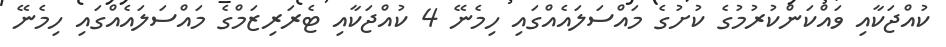
ކުއްޖަކާއި ވައްކަންކުރުމުގެ ކުށުގެ މައްސަލައެއްގައި ހިމެނޭ 4 ކުއްޖަކާއި ޓެރަރިޒަމްގެ މައްސަލައެއްގައި ހިމެނޭ